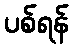
ပစ်ရန်